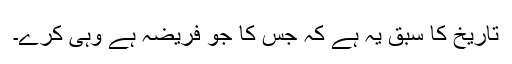
تاریخ کا سبق یہ ہے کہ جس کا جو فریضہ ہے وہی کرے۔